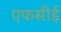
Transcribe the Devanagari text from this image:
एफसीई